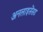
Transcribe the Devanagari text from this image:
अनलाइसेंसड